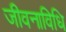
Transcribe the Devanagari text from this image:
जीवनाविधि